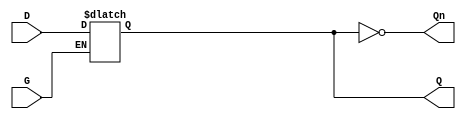
module dual_input_gated_latch (
    input wire D,      // Data Input
    input wire G,      // Gate/Control Input
    output reg Q,      // Output
    output wire Qn     // Inverted Output
);

// Invert Q to get Qn
assign Qn = ~Q;

// Always block to model the behavior of the gated latch
always @ (D or G) begin
    if (G) begin
        // When G is high, Q follows D
        Q <= D;
    end
    // When G is low, Q retains its last value
end

endmodule